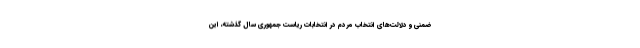
ضمنی و دلالت‌های انتخاب مردم در انتخابات ریاست جمهوری سال گذشته، این